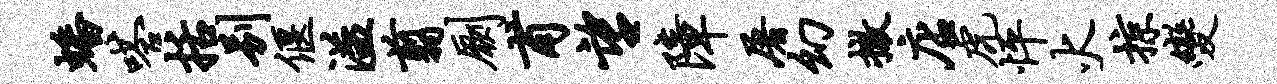
蟠嗒括别偃溢翦劂甫望障屠幻撤店虎怦火掠变